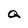
Character: Q